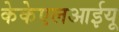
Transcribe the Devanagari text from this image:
केकेएलआईयू